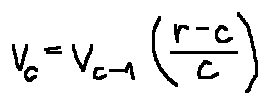
v _ { c } = v _ { c - 1 } ( \frac { r - c } { c } )